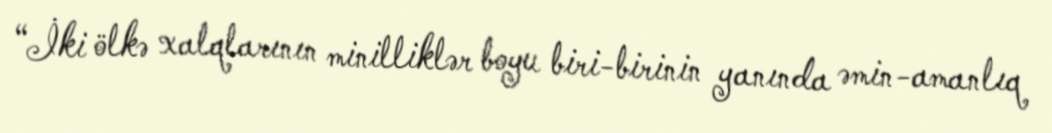
“İki ölkə xalqlarının minilliklər boyu biri-birinin yanında əmin-amanlıq